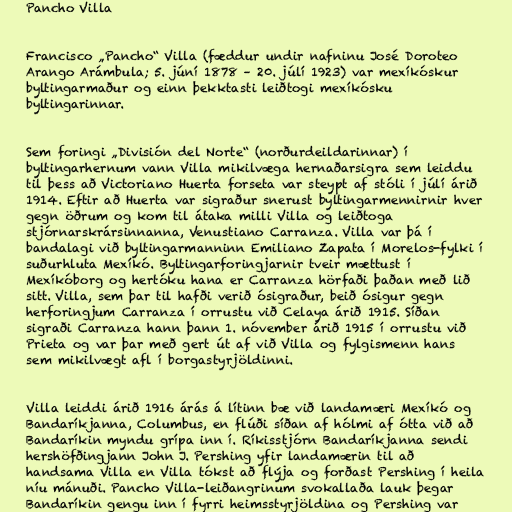
Pancho Villa

Francisco „Pancho“ Villa (fæddur undir nafninu José Doroteo
Arango Arámbula; 5. júní 1878 – 20. júlí 1923) var mexíkóskur
byltingarmaður og einn þekktasti leiðtogi mexíkósku
byltingarinnar.

Sem foringi „División del Norte“ (norðurdeildarinnar) í
byltingarhernum vann Villa mikilvæga hernaðarsigra sem leiddu
til þess að Victoriano Huerta forseta var steypt af stóli í júlí árið
1914. Eftir að Huerta var sigraður snerust byltingarmennirnir hver
gegn öðrum og kom til átaka milli Villa og leiðtoga
stjórnarskrársinnanna, Venustiano Carranza. Villa var þá í
bandalagi við byltingarmanninn Emiliano Zapata í Morelos-fylki í
suðurhluta Mexíkó. Byltingarforingjarnir tveir mættust í
Mexíkóborg og hertóku hana er Carranza hörfaði þaðan með lið
sitt. Villa, sem þar til hafði verið ósigraður, beið ósigur gegn
herforingjum Carranza í orrustu við Celaya árið 1915. Síðan
sigraði Carranza hann þann 1. nóvember árið 1915 í orrustu við
Prieta og var þar með gert út af við Villa og fylgismenn hans
sem mikilvægt afl í borgastyrjöldinni.

Villa leiddi árið 1916 árás á lítinn bæ við landamæri Mexíkó og
Bandaríkjanna, Columbus, en flúði síðan af hólmi af ótta við að
Bandaríkin myndu grípa inn í. Ríkisstjórn Bandaríkjanna sendi
hershöfðingjann John J. Pershing yfir landamærin til að
handsama Villa en Villa tókst að flýja og forðast Pershing í heila
níu mánuði. Pancho Villa-leiðangrinum svokallaða lauk þegar
Bandaríkin gengu inn í fyrri heimsstyrjöldina og Pershing var